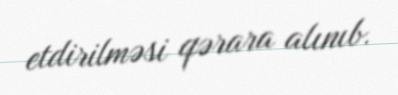
etdirilməsi qərara alınıb.